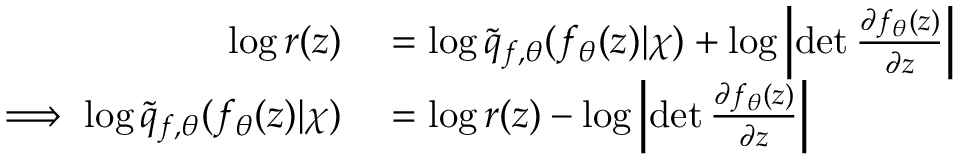
\begin{array} { r l } { \log r ( z ) } & { { } = \log \tilde { q } _ { f , \theta } ( f _ { \theta } ( z ) | \chi ) + \log \left| \operatorname* { d e t } \frac { \partial f _ { \theta } ( z ) } { \partial z } \right| } \\ { \implies \log \tilde { q } _ { f , \theta } ( f _ { \theta } ( z ) | \chi ) } & { { } = \log r ( z ) - \log \left| \operatorname* { d e t } \frac { \partial f _ { \theta } ( z ) } { \partial z } \right| } \end{array}